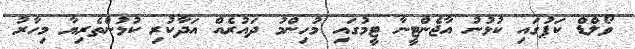
ވޯލްޑް ކަޕުގައި ކުޅުނު އާޖެންޓީނާ ޓީމުގައި މުހިންމު ދައުރެއް އަދާކުރި ކުޅުންތެރިޔާ މިހާރު